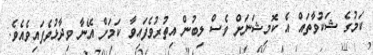
ކަމުގެ ޝަކުވާތައް އެ ކޮމިޝަނަށް ވެސް ލިބުން އިތުރުވެފައިވާ ކަމަށް އޭނާ ވިދާޅުވެފައިވެއެވެ.